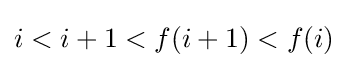
i<i+1<f(i+1)<f(i)